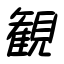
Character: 観